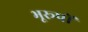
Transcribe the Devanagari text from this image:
भूरूपों